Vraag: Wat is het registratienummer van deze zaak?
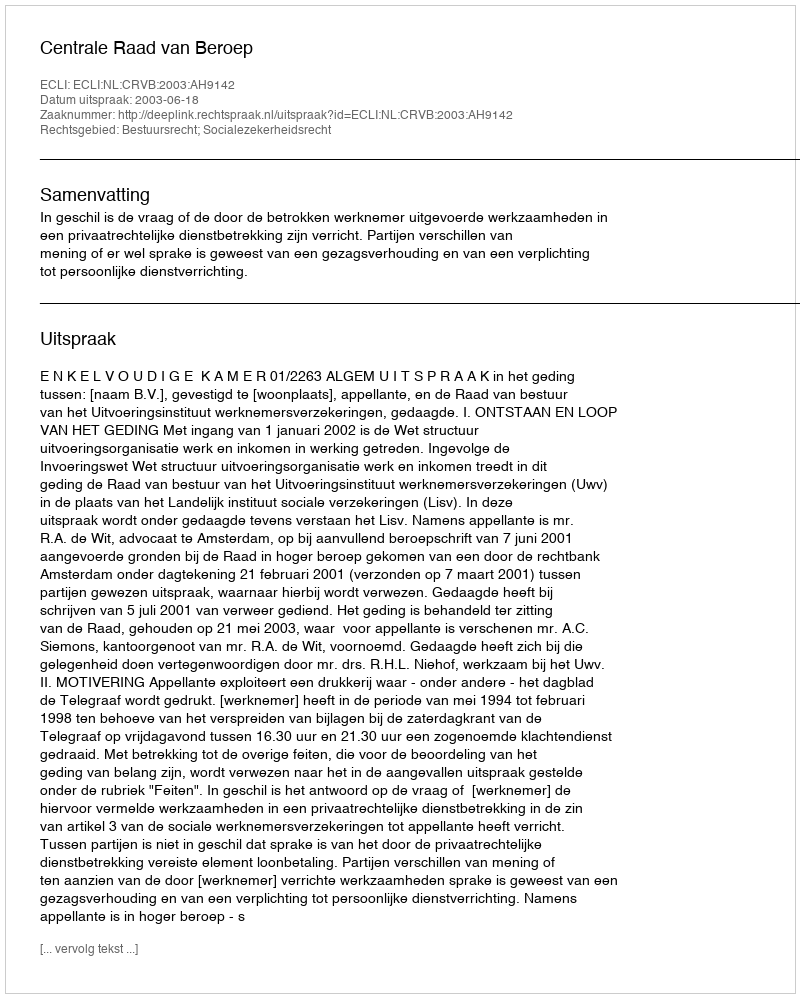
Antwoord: http://deeplink.rechtspraak.nl/uitspraak?id=ECLI:NL:CRVB:2003:AH9142